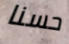
حسنا